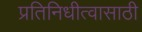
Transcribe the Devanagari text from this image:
प्रतिनिधीत्वासाठी